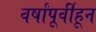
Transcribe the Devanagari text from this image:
वर्षांपूर्वीहून